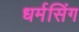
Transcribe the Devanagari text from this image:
धर्मसिंग